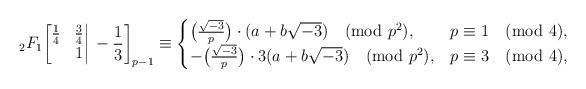
LaTeX: \begin{align*}{}_2F_1\bigg[\begin{matrix}\frac14&\frac34\\&1\end{matrix}\bigg|\,-\frac13\bigg]_{p-1}\equiv \begin{cases}\big(\frac{\sqrt{-3}}{p}\big)\cdot (a+b\sqrt{-3})\pmod{p^2},&p\equiv1\pmod{4},\\-\big(\frac{\sqrt{-3}}{p}\big)\cdot 3(a+b\sqrt{-3})\pmod{p^2},&p\equiv3\pmod{4},\end{cases}\end{align*}